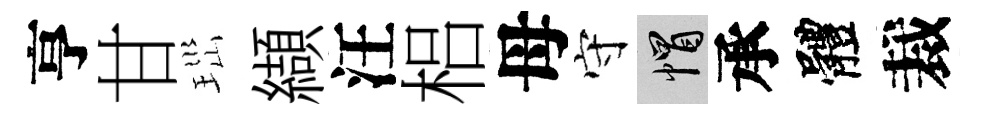
亨甘𤤼纈汪梠母守帽承體裁